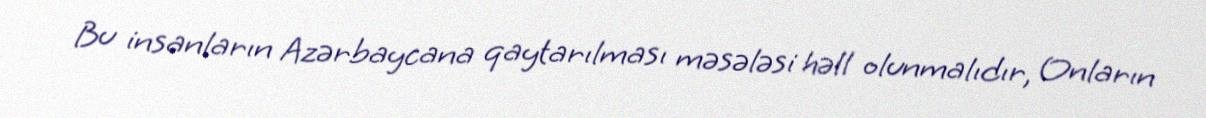
Bu insanların Azərbaycana qaytarılması məsələsi həll olunmalıdır, Onların